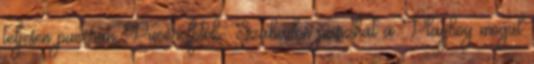
teljesen pucéran Pucér fotók- Szabadon pasizhat a Playboy mogul